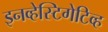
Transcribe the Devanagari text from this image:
इनव्हेस्टिगेटिव्ह